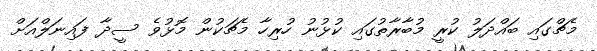
މެޗްގައި ބައްދަލު ކުރީ މުބާރާތުގައި ކުޅުނު ހުރިހާ މެޗަކުން މޮޅުވެ ސީދާ ފައިނަލްއަށް